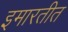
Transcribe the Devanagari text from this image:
इमारतीत